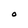
Character: O